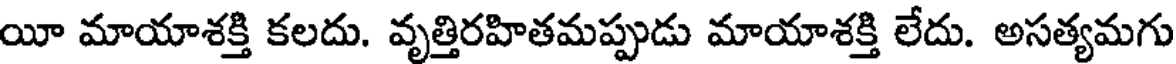
యీ మాయాశక్తి కలదు. వృత్తిరహితమప్పుడు మాయాశక్తి లేదు. అసత్యమగు